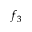
f _ { 3 }